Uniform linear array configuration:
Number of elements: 48
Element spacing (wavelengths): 0.25
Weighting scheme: hann
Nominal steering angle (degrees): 45
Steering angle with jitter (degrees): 43.865
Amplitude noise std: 0.05
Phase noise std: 0.05

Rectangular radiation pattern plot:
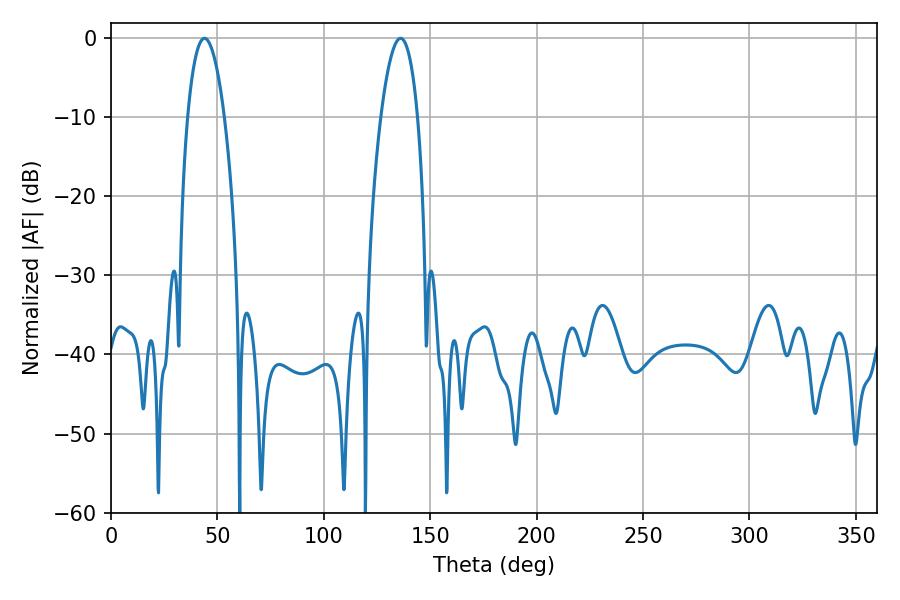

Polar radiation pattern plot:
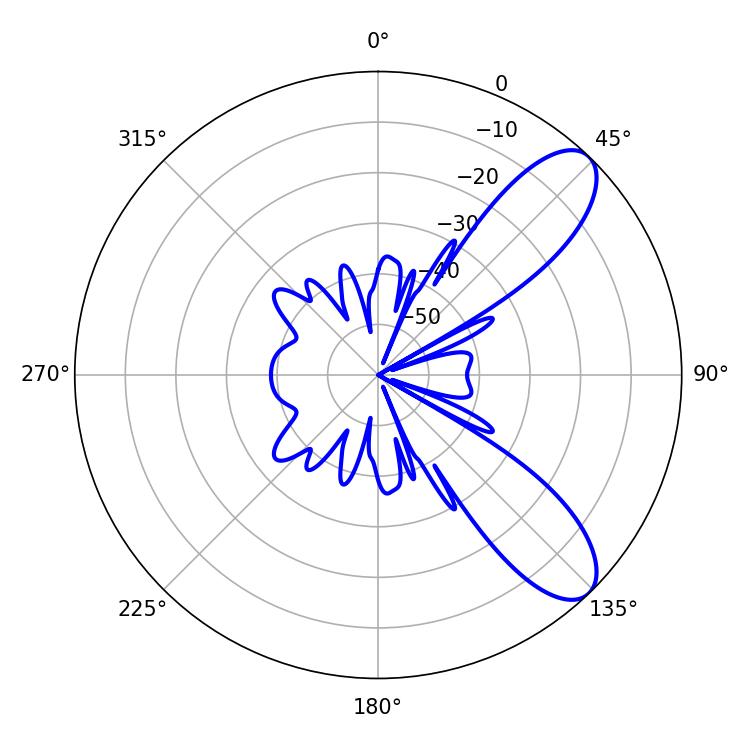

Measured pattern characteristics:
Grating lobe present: FALSE
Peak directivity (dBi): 9.044
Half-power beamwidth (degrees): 9.54
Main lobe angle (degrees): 43.92